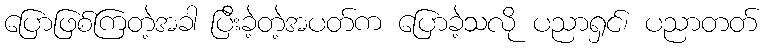
ပြောဖြစ်ကြတဲ့အခါ ပြီးခဲ့တဲ့အပတ်က ပြောခဲ့သလို ပညာရှင်၊ ပညာတတ်